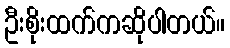
ဦးစိုးထက်ကဆိုပါတယ်။